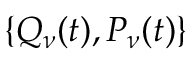
\{ Q _ { \nu } ( t ) , P _ { \nu } ( t ) \}